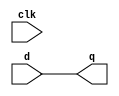
module latch_2(
    input d,
    output reg q,
    input clk
    );
    always @(clk)
        q <= d;
endmodule